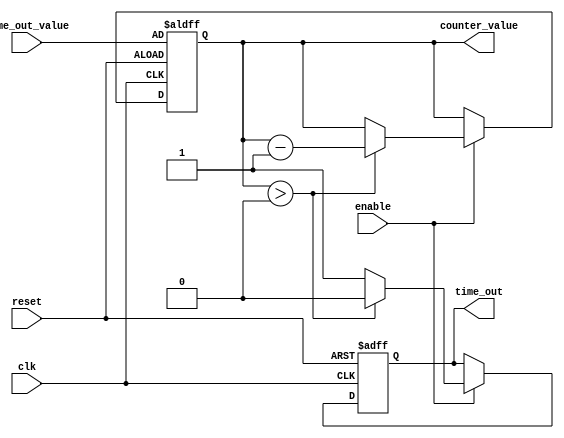
module time_out_counter (
    input wire clk,                  // Clock signal
    input wire reset,                // Active-high reset signal
    input wire enable,               // Active-high enable signal
    input wire [15:0] time_out_value,// Time-out value (16-bit for example)
    output reg time_out,             // Active-high time-out signal
    output reg [15:0] counter_value   // Current counter value
);

    // State declaration
    always @(posedge clk or posedge reset) begin
        if (reset) begin
            // On reset, initialize counter and time_out signal
            counter_value <= time_out_value;
            time_out <= 1'b0;
        end else if (enable) begin
            if (counter_value > 0) begin
                // Decrement counter if it's greater than zero
                counter_value <= counter_value - 1;
                time_out <= 1'b0; // Deassert time_out while counting down
            end else begin
                // If counter reaches zero, assert time_out
                time_out <= 1'b1;
            end
        end
    end

endmodule